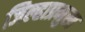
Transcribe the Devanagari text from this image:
जिल्हाप्रमुख